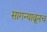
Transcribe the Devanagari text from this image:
सागन्याव्रुनच